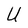
Character: U